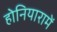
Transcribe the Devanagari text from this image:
होनियारामें